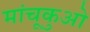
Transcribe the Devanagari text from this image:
मांचूकुओ